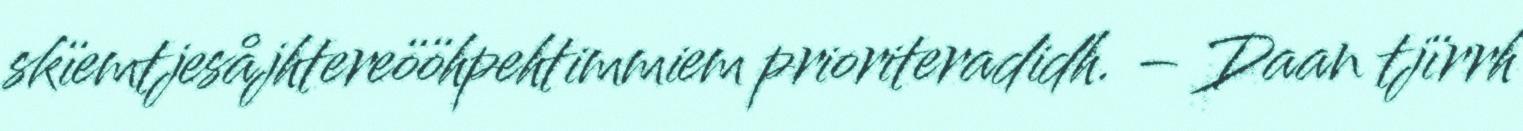
skïemtjesåjhtereööhpehtimmiem prioriteradidh. – Daan tjïrrh